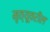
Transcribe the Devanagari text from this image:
मृत्यूवरील